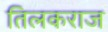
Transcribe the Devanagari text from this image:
तिलकराज